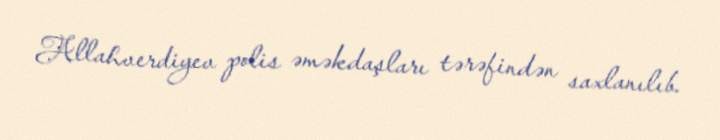
Allahverdiyev polis əməkdaşları tərəfindən saxlanılıb.